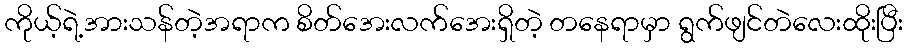
ကိုယ့်ရဲ့အားသန်တဲ့အရာက စိတ်အေးလက်အေးရှိတဲ့ တနေရာမှာ ရွက်ဖျင်တဲလေးထိုးပြီး